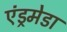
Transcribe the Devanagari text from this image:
एंड्रमेडा